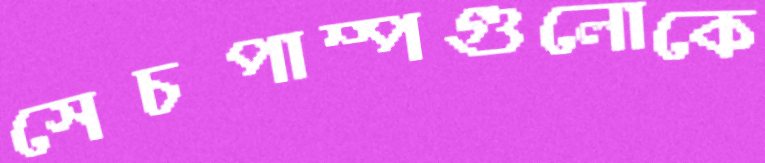
সেচপাম্পগুলোকে